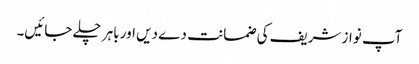
آپ نواز شریف کی ضمانت دے دیں اور باہر چلے جائیں۔